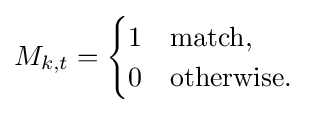
M_{k,t}={\begin{cases}1&{\text{match}},\\0&{\text{otherwise}}.\end{cases}}